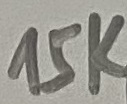
Text: 15K